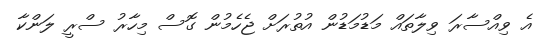
އެ ވިއްސާރަ ވިލާތައް މަޑުމަޑުން އުތުރަށް ޖެހެމުން ގޮސް މިހާރު ސްރީ ލަންކާ